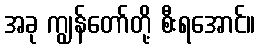
အခု ကျွန်တော်တို့ စီးရအောင်။